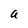
Character: a